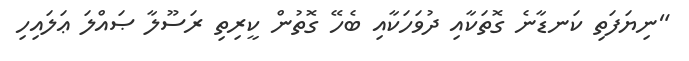
"ނިޔަފަތި ކަނޑާނެ ގޮތަކާއި ދުވަހަކާއި ބެހޭ ގޮތުން ކީރިތި ރަސޫލާ ޞައްލަ ޢަލައިހި